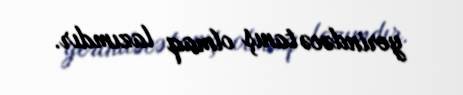
yerindəcə tanış olmaq lazımdır.